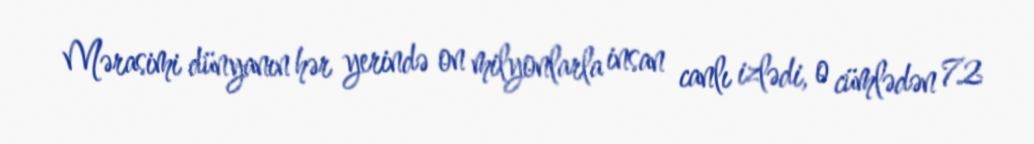
Mərasimi dünyanın hər yerində on milyonlarla insan canlı izlədi, o cümlədən 72